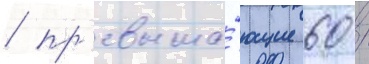
/ пр'евыша́ющие 60 /